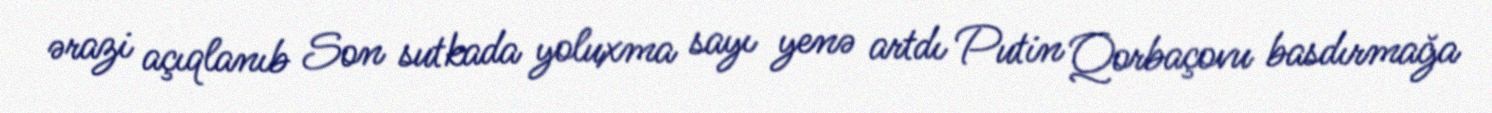
ərazi açıqlanıb Son sutkada yoluxma sayı yenə artdı Putin Qorbaçovu basdırmağa